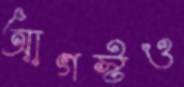
আগস্টও